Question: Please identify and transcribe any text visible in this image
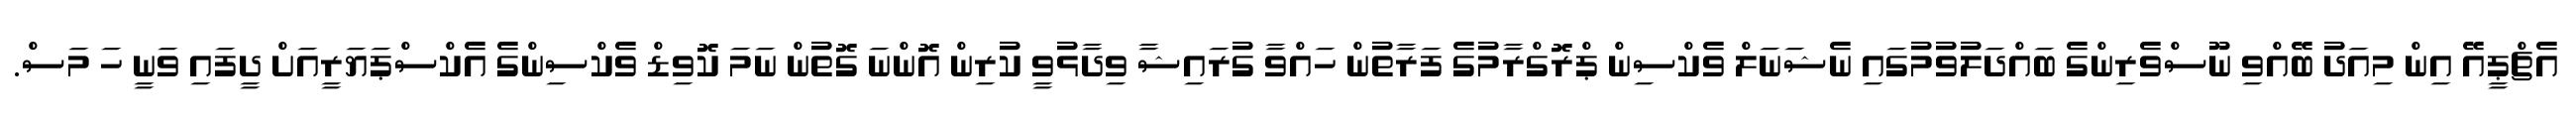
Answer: އެޗްޕީއޭ އިން މިއަދު ބޭއްވި ނޫސްވެރިންގެ ބައްދަލުވުމުގައި ނެޝަނަލް ވެކްސިން ޕްރޮގްރާމުގެ ފަރާތުން ހައްވާ ގުރައިޝާ ވިދާޅުވީ ކުރިން އޮންނަ ގޮތުން ނަމަ ކޮވިޑް ވެކްސިންގެ އެކްސްޕަޔަރީއަށް ދީފައި ވަނީ ހަ މަސް.